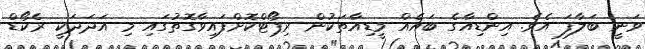
ވަނީ ބަލާފަ އެވެ. އިންޑިއާގެ ބައެއް މީޑިއާތަކުން ރިޕޯޓްކޮށްފައިވާގޮތުގައި މި އަދަދަކީ ރެކޯޑް